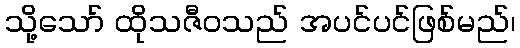
သို့သော် ထိုသဇီဝသည် အပင်ပင်ဖြစ်မည်၊